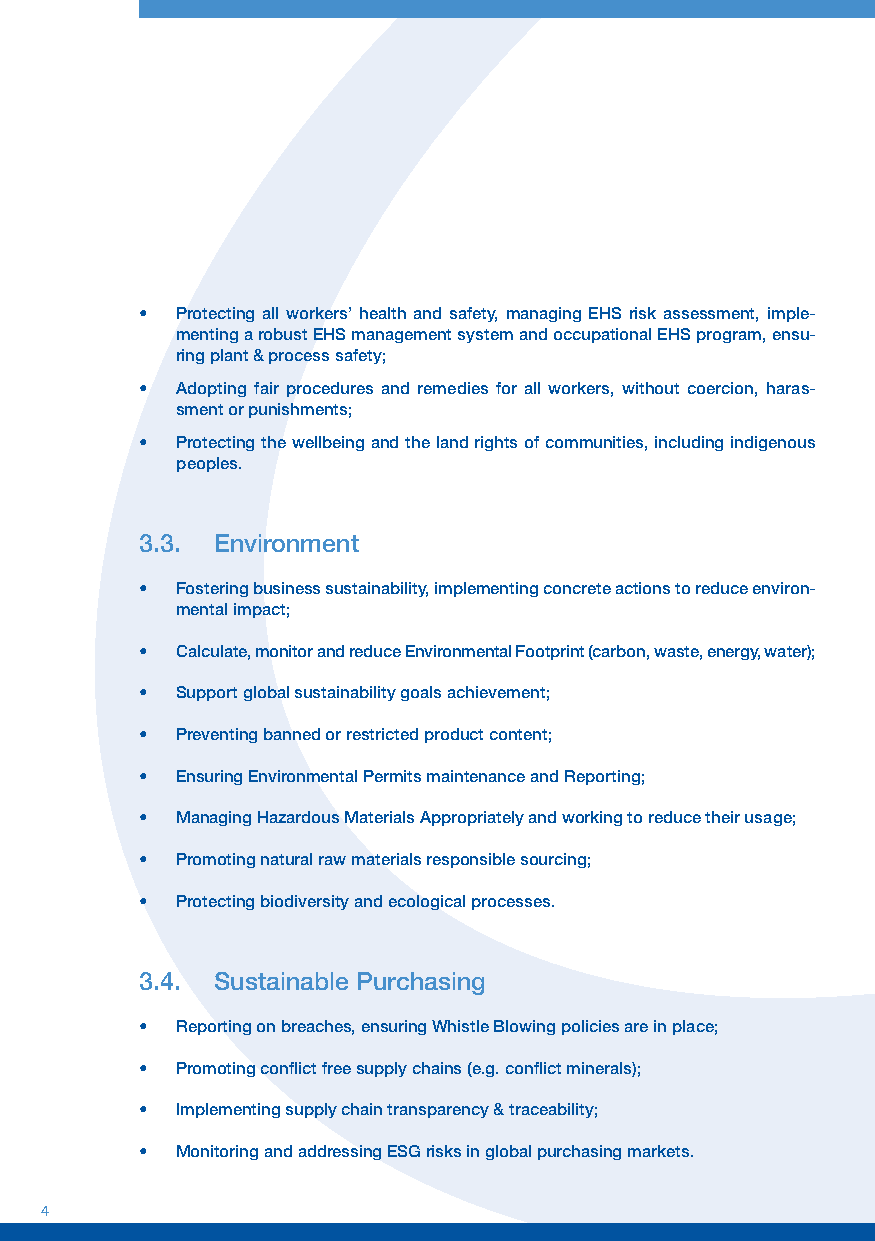
•  Protecting all workers’ health and safety, managing EHS risk assessment, imple-
 menting a robust EHS management system and occupational EHS program, ensu-
 ring plant & process safety;
 •  Adopting fair procedures and remedies for all workers, without coercion, haras-
 sment or punishments;
 •  Protecting the wellbeing and the land rights of communities, including indigenous
 peoples.
 3.3. Environment
 •  Fostering business sustainability, implementing concrete actions to reduce environ-
 mental impact;
 •  Calculate, monitor and reduce Environmental Footprint (carbon, waste, energy, water);
 •  Support global sustainability goals achievement;
 •  Preventing banned or restricted product content;
 •  Ensuring Environmental Permits maintenance and Reporting;
 •  Managing Hazardous Materials Appropriately and working to reduce their usage;
 •  Promoting natural raw materials responsible sourcing;
 •  Protecting biodiversity and ecological processes.
 3.4. Sustainable Purchasing
 •  Reporting on breaches, ensuring Whistle Blowing policies are in place;
 •  Promoting conflict free supply chains (e.g. conflict minerals);
 •  Implementing supply chain transparency & traceability;
 •  Monitoring and addressing ESG risks in global purchasing markets.
 4